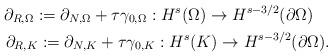
LaTeX: \begin{align*}\partial_{R,\Omega}:=\partial_{N,\Omega}+\tau \gamma_{0,\Omega}:H^s_{}(\Omega)\to H^{s-3/2}(\partial \Omega)\quad\\\partial_{R,K}:=\partial_{N,K}+\tau \gamma_{0,K}:H^s(K)\to H^{s-3/2}(\partial \Omega).\end{align*}